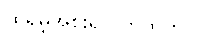
ထရမ့်အစိုးရလက်ထက်ပဲ။